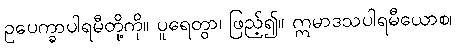
ဥပေက္ခာပါရမီတို့ကို။ ပူရေတွာ၊ ဖြည့်၍။ ဣမာဒသပါရမီယောစ၊